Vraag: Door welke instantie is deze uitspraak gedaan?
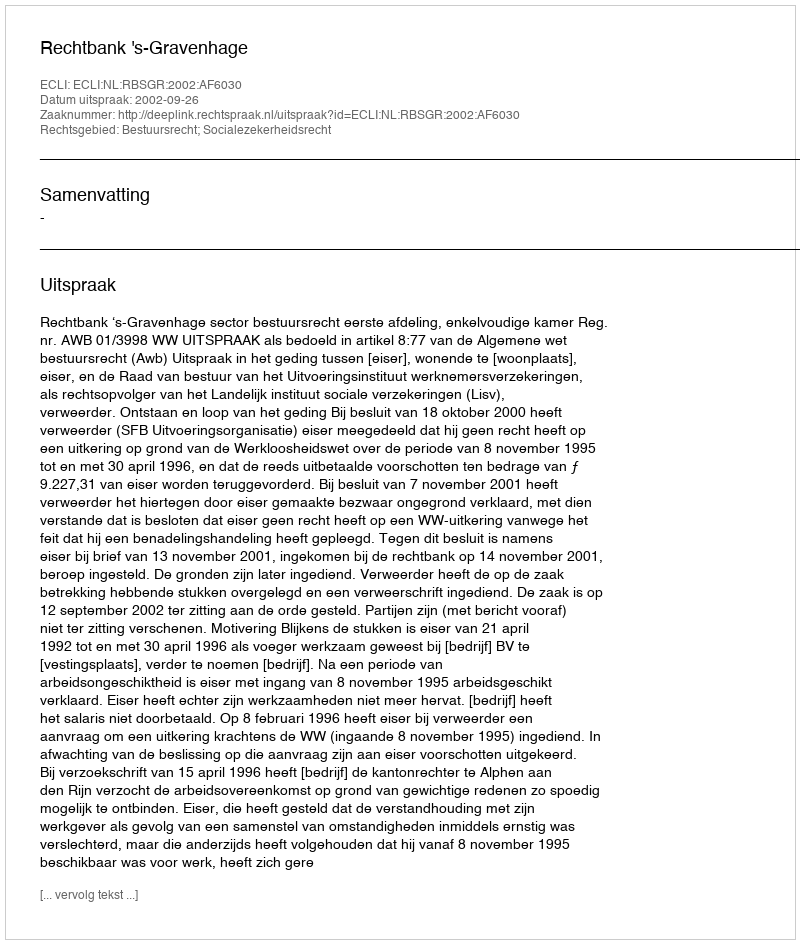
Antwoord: Rechtbank 's-Gravenhage